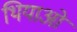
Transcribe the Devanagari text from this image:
थियाओं